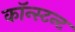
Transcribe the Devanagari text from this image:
कॉन्स्टन्ट